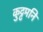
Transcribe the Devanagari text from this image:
कुट्टमनि